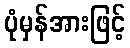
ပုံမှန်အားဖြင့်